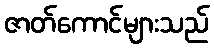
ဇာတ်ကောင်များသည်